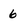
Character: 6